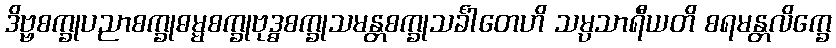
ဒိဗ္ဗစက္ခုပညာစက္ခုဓမ္မစက္ခုဗုဒ္ဓစက္ခုသမန္တစက္ခုသင်္ခါတေဟိ သမ္ပသာရီယတိ စရမန္တလိက္ခေ